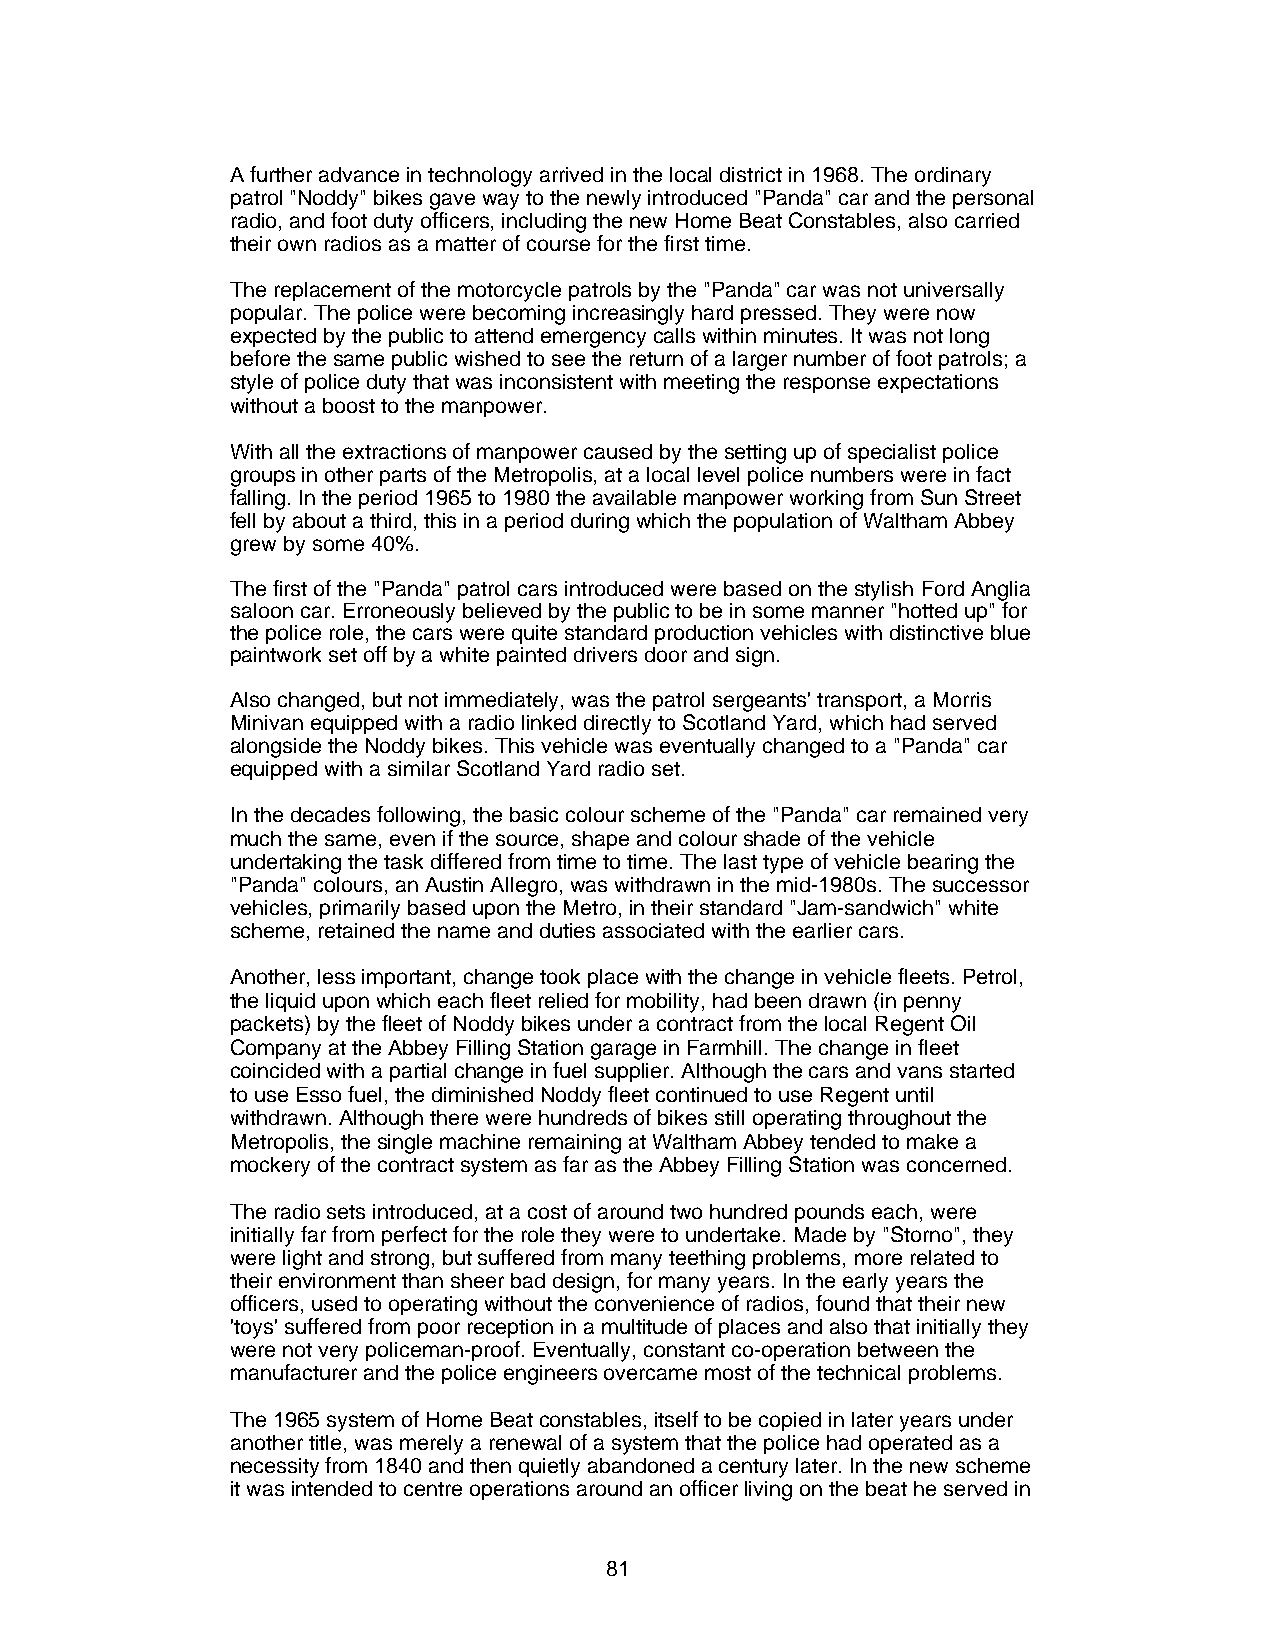
A further advance in technology arrived in the local district in 1968. The ordinary
 patrol "Noddy" bikes gave way to the newly introduced "Panda" car and the personal
 radio, and foot duty officers, including the new Home Beat Constables, also carried
 their own radios as a matter of course for the first time.
 The replacement of the motorcycle patrols by the "Panda" car was not universally
 popular. The police were becoming increasingly hard pressed. They were now
 expected by the public to attend emergency calls within minutes. It was not long
 before the same public wished to see the return of a larger number of foot patrols; a
 style of police duty that was inconsistent with meeting the response expectations
 without a boost to the manpower.
 With all the extractions of manpower caused by the setting up of specialist police
 groups in other parts of the Metropolis, at a local level police numbers were in fact
 falling. In the period 1965 to 1980 the available manpower working from Sun Street
 fell by about a third, this in a period during which the population of Waltham Abbey
 grew by some 40%.
 The first of the "Panda" patrol cars introduced were based on the stylish Ford Anglia
 saloon car. Erroneously believed by the public to be in some manner "hotted up" for
 the police role, the cars were quite standard production vehicles with distinctive blue
 paintwork set off by a white painted drivers door and sign.
 Also changed, but not immediately, was the patrol sergeants' transport, a Morris
 Minivan equipped with a radio linked directly to Scotland Yard, which had served
 alongside the Noddy bikes. This vehicle was eventually changed to a "Panda" car
 equipped with a similar Scotland Yard radio set.
 In the decades following, the basic colour scheme of the "Panda" car remained very
 much the same, even if the source, shape and colour shade of the vehicle
 undertaking the task differed from time to time. The last type of vehicle bearing the
 "Panda" colours, an Austin Allegro, was withdrawn in the mid-1980s. The successor
 vehicles, primarily based upon the Metro, in their standard "Jam-sandwich" white
 scheme, retained the name and duties associated with the earlier cars.
 Another, less important, change took place with the change in vehicle fleets. Petrol,
 the liquid upon which each fleet relied for mobility, had been drawn (in penny
 packets) by the fleet of Noddy bikes under a contract from the local Regent Oil
 Company at the Abbey Filling Station garage in Farmhill. The change in fleet
 coincided with a partial change in fuel supplier. Although the cars and vans started
 to use Esso fuel, the diminished Noddy fleet continued to use Regent until
 withdrawn. Although there were hundreds of bikes still operating throughout the
 Metropolis, the single machine remaining at Waltham Abbey tended to make a
 mockery of the contract system as far as the Abbey Filling Station was concerned.
 The radio sets introduced, at a cost of around two hundred pounds each, were
 initially far from perfect for the role they were to undertake. Made by "Storno", they
 were light and strong, but suffered from many teething problems, more related to
 their environment than sheer bad design, for many years. In the early years the
 officers, used to operating without the convenience of radios, found that their new
 'toys' suffered from poor reception in a multitude of places and also that initially they
 were not very policeman-proof. Eventually, constant co-operation between the
 manufacturer and the police engineers overcame most of the technical problems.
 The 1965 system of Home Beat constables, itself to be copied in later years under
 another title, was merely a renewal of a system that the police had operated as a
 necessity from 1840 and then quietly abandoned a century later. In the new scheme
 it was intended to centre operations around an officer living on the beat he served in
 81